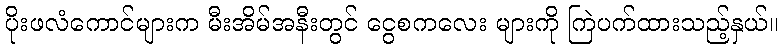
ပိုးဖလံကောင်များက မီးအိမ်အနီးတွင် ငွေစကလေး များကို ကြဲပက်ထားသည့်နှယ်။